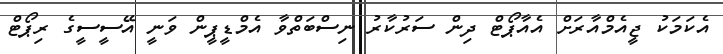
އެކަމަކު ޖީއެމްއާރަށް އެއާޕޯޓް ދިން ސަރުކާރު ނިސްބަތްވާ އެމްޑީޕީން ވަނީ އޭސީސީގެ ރިޕޯޓް